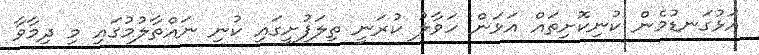
އަޅުގަނޑުމެން ކުނިކޮށިތައް އަޅަން ހަވާލު ކުރަނީ ތިލަފުށީގައި ކުނި ނައްތާލުމުގައި މި ދިމާވާ